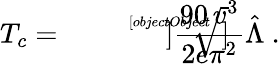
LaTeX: T_{c}=\sqrt[[objectObject]]]{\frac{90\, v^{3}}{2e\pi^{2}}}\hat{\Lambda}\ .